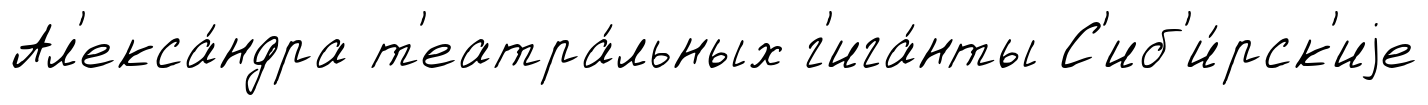
Ал'екса́ндра т'еатра́льных г'ига́нты С'иб'и́рск'иjе